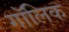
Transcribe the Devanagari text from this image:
गॉलिक